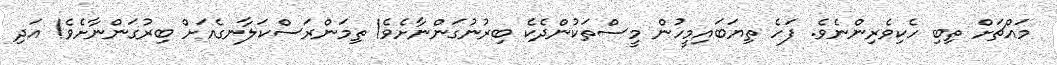
މައްޗަށް ތިބި ހެކިވެރިންނެވެ. ފަހެ ތިޔަބައިމީހުން މީސްތަކުންދެކެ ބިރުނުގަންނާށެވެ! ތިމަންރަސްކަލާނގެއަށް ބިރުގަންނާށެވެ! އަދި